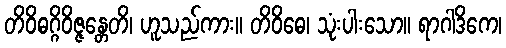
တိဝိဓဂ္ဂိဝိဇ္ဇန္တေတိ၊ ဟူသည်ကား။ တိဝိဓေ၊ သုံးပါးသော။ ရာဂါဒိကေ၊